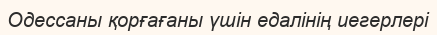
Одессаны қорғағаны үшін едалінің иегерлері